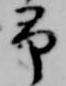
予